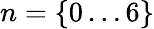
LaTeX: {n=\{ 0\dots 6\} }